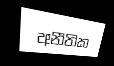
අනීතික